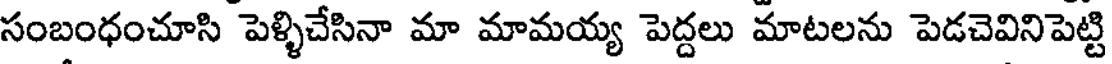
సంబంధంచూసి పెళ్ళిచేసినా మా మామయ్య పెద్దలు మాటలను పెడచెవినిపెట్టి